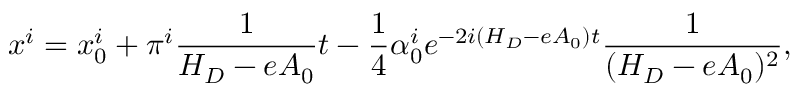
x ^ { i } = x _ { 0 } ^ { i } + \pi ^ { i } \frac 1 { H _ { D } - e A _ { 0 } } t - \frac 1 4 \alpha _ { 0 } ^ { i } e ^ { - 2 i ( H _ { D } - e A _ { 0 } ) t } \frac 1 { ( H _ { D } - e A _ { 0 } ) ^ { 2 } } ,